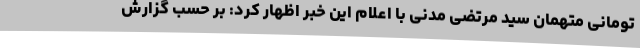
تومانی متهمان سید مرتضی مدنی با اعلام این خبر اظهار کرد: بر حسب گزارش